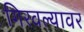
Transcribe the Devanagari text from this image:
गिरवल्यावर